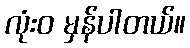
လုံးဝ မှန်ပါတယ်။